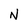
Character: N